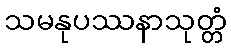
သမနုပဿနာသုတ္တံ